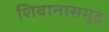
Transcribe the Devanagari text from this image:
शिवानासमुद्र